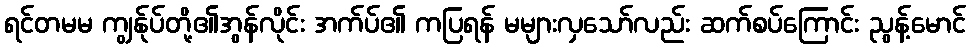
ရင်တမမ ကျွန်ုပ်တို့၏အွန်လိုင်း အက်ပ်၏ ကပြရန် မများလှသော်လည်း ဆက်စပ်ကြောင်း ညွန့်မောင်